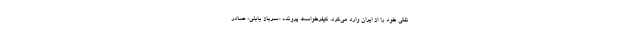
نفتی خود را از ایران وارد می‌کرد. کیفرخواست پرونده «سرباز بابلی» صادر